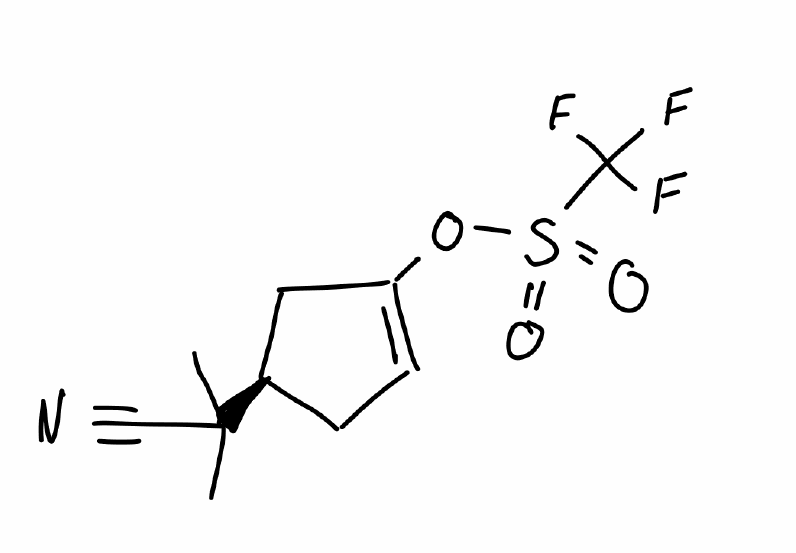
Simplified molecular-input line-entry system (SMILES) notation of the given molecule:
CC(C)(C#N)[C@@H]1CC=C(C1)OS(=O)(=O)C(F)(F)F